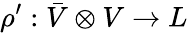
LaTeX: \rho^{\prime}:{\bar{V}}\otimes V\rightarrow L